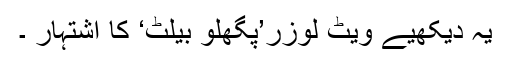
یہ دیکھیے ویٹ لوزر’پگھلو بیلٹ‘ کا اشتہار ۔